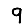
Digit: 9